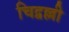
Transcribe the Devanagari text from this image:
चिद्वल्ली